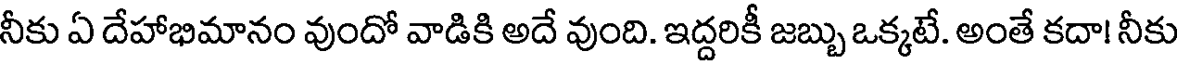
నీకు ఏ దేహాభిమానం వుందో వాడికి అదే వుంది. ఇద్దరికీ జబ్బు ఒక్కటే. అంతే కదా! నీకు